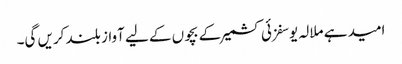
امید ہے ملالہ یوسفزئی کشمیر کے بچوں کے لیے آواز بلند کریں گی۔